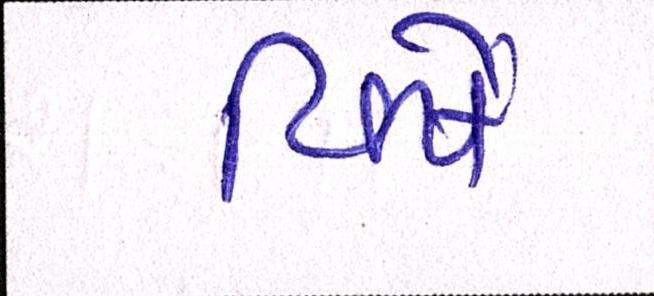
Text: વિષે